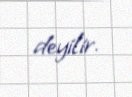
deyilir.